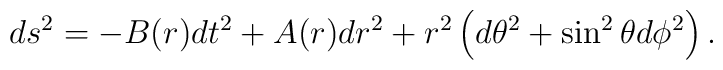
ds^2 = -B(r) dt^2 + A(r) dr^2 +  r^2 \left( d\theta^2+ \sin^2\theta d\phi^2 \right).